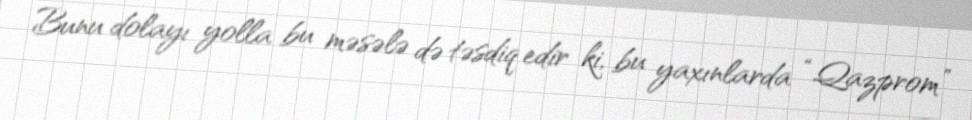
Bunu dolayı yolla bu məsələ də təsdiq edir ki, bu yaxınlarda “Qazprom”